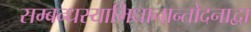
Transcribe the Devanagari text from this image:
सम्बन्धस्याभिधानान्तोदनाद्वा